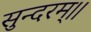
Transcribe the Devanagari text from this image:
सुन्दरम्।।